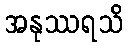
အနုဿရသိ